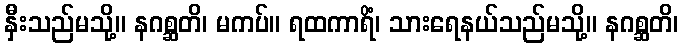
နှီးသည်မသို့။ နဂစ္ဆတိ၊ မကပ်။ ရထကာရိံ၊ သားရေနယ်သည်မသို့။ နဂစ္ဆတိ၊